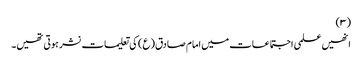
(۳)
انھیں علمی اجتماعات میں امام صادق(ع) کی تعلیمات نشر ہوتی تھیں۔